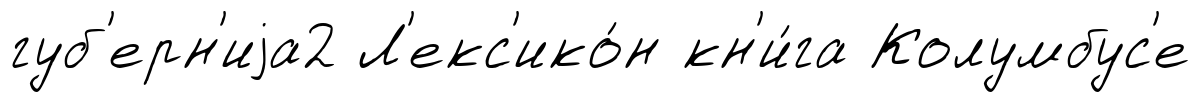
губ'ерн'иjа2 Л'екс'ико́н кн'и́га Колумбус'е